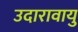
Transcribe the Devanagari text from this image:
उदारावायु